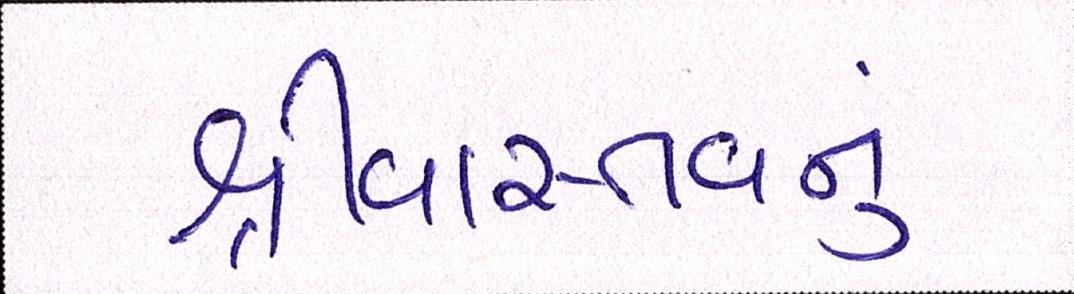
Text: શ્રીવાસ્તવનું